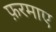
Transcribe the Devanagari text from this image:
फ़रमाए